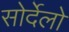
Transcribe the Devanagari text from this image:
सोर्देलो